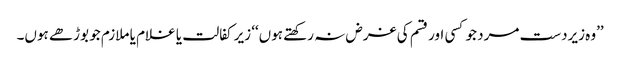
’’وہ زیردست مرد جو کسی اور قسم کی غرض نہ رکھتے ہوں‘‘ زیر کفالت یا غلام یا ملازم جو بوڑھے ہوں۔